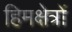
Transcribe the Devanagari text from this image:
हिमक्षेत्रों